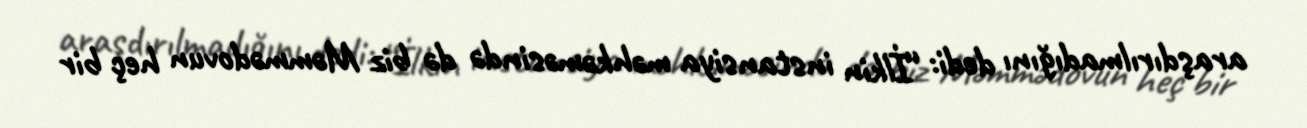
araşdırılmadığını dedi: “İlkin instansiya məhkəməsində də biz Məmmədovun heç bir